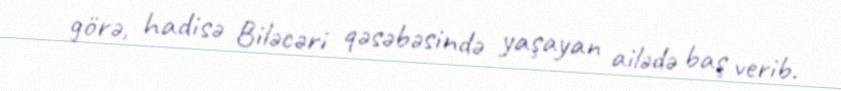
görə, hadisə Biləcəri qəsəbəsində yaşayan ailədə baş verib.